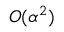
O ( \alpha ^ { 2 } )